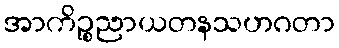
အာကိဉ္စညာယတနသဟဂတာ